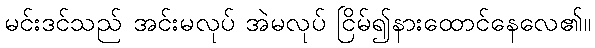
မင်းဒင်သည် အင်းမလုပ် အဲမလုပ် ငြိမ်၍နားထောင်နေလေ၏။